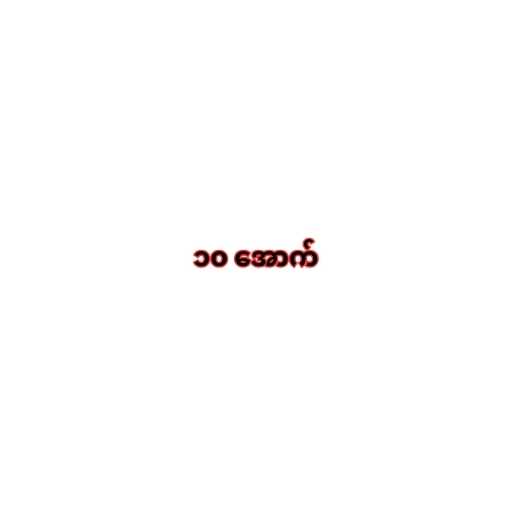
၁၀ အောက်